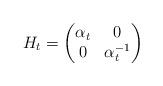
LaTeX: \begin{align*}H_t=\begin{pmatrix}\alpha_t&0\\0&\alpha_t^{-1}\end{pmatrix}\end{align*}